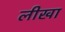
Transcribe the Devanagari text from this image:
लीखा